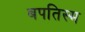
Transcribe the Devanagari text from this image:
बपतिस्म